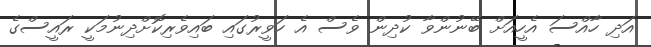
އަދި ހާއްސަ އެހީއަށް ބޭނުންވާ ކުދިން ވެސް އެ ހަވީރުގައި ބައިވެރިކޮށްދިނުމަކީ ރައީސްގެ